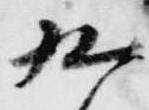
九